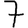
Digit: 7